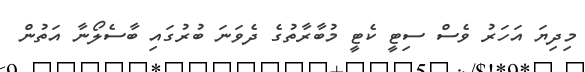
މިދިޔަ އަހަރު ވެސް ސިޓީ ކެޓީ މުބާރާތުގެ ދެވަަނަ ބުރުގައި ބާސެލޯނާ އަތުން